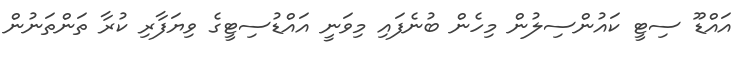
އައްޑޫ ސިޓީ ކައުންސިލުން މިހެން ބުނެފައި މިވަނީ އައްޑުސިޓީގެ ވިޔަފާރި ކުރާ ތަންތަނުން